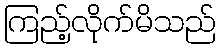
ကြည့်လိုက်မိသည်